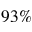
9 3 \%